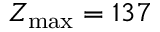
Z _ { \operatorname* { m a x } } = 1 3 7